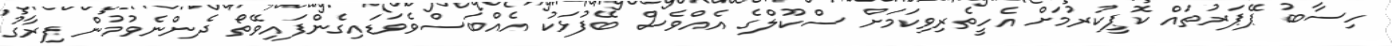
ހިސާބު ޕޭޕަރުތައް ކޮޕީކުރުމަށް އެހީތެރިވިކަމަށް ސްކޫލްގެ އެއްވެސް ބޭފުޅަކު އެއްބަސްވެވަޑައިގެންފައިވޭތޯ ދެންނެވުމުން ފިރާގު